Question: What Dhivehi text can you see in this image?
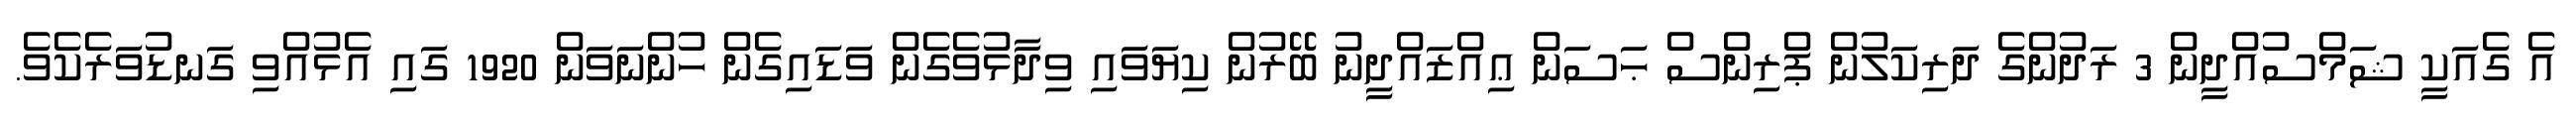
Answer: އެ ގެއަކީ ޝަމްސުއްދީން 3 ރަދުންގެ ދަރިކަލުން ޕްރިންސް ޙަސަން ޢިއްޒައްދީނު ބޭރުން ކިޔަވައި ވިދާޅުވެގެން ވަޑައިގެން ހުންނަވަން 1920 ގައި އެޅުއްވި ގަނޑުވަރެކެވެ.